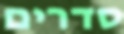
סדרים